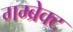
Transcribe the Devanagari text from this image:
गम्ब्रेक्ट